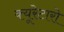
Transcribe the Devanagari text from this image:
क्यूरेटारो